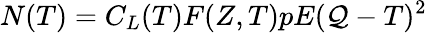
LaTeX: N(T)=C_{L}(T)F(Z,T)pE(\mathcal{Q}-T)^{2}